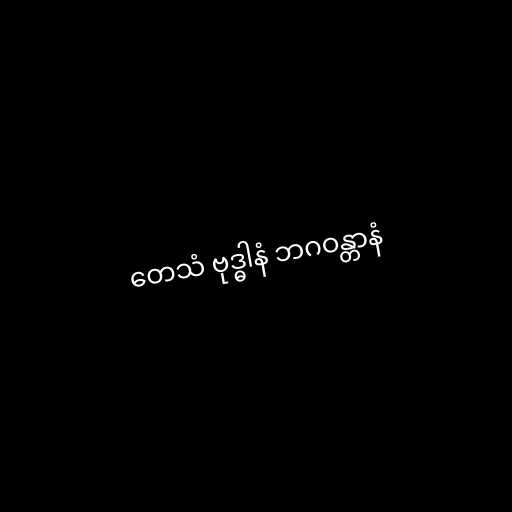
တေသံ ဗုဒ္ဓါနံ ဘဂဝန္တာနံ